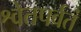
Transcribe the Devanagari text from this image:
श्वेतपर्वतं